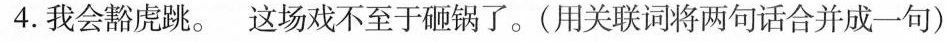
4.我会豁虏跳。这场戏不至于砸锅了。(用关联词将两句话合并成一句）